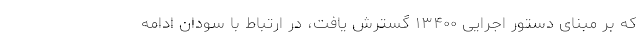
که بر مبنای دستور اجرایی ۱۳۴۰۰ گسترش یافت، در ارتباط با سودان ادامه